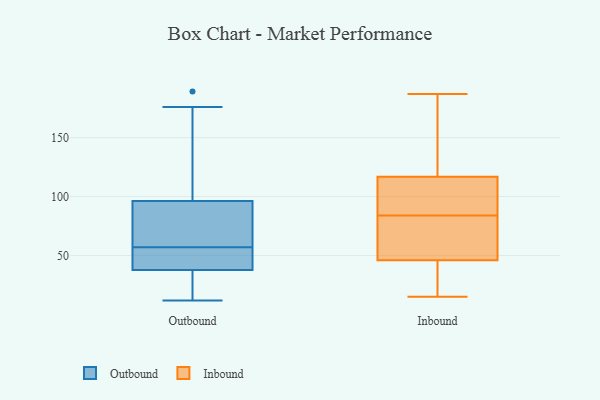
{"axis": {"x": "Energy Usage (MWh)", "y": "Value"}, "legend": ["Inbound", "Outbound"], "data": [{"x": "", "y": 72, "type": "Outbound"}, {"x": "", "y": 71, "type": "Outbound"}, {"x": "", "y": 22, "type": "Outbound"}, {"x": "", "y": 13, "type": "Outbound"}, {"x": "", "y": 56, "type": "Outbound"}, {"x": "", "y": 51, "type": "Outbound"}, {"x": "", "y": 132, "type": "Outbound"}, {"x": "", "y": 65, "type": "Outbound"}, {"x": "", "y": 22, "type": "Outbound"}, {"x": "", "y": 12, "type": "Outbound"}, {"x": "", "y": 189, "type": "Outbound"}, {"x": "", "y": 43, "type": "Outbound"}, {"x": "", "y": 48, "type": "Outbound"}, {"x": "", "y": 130, "type": "Outbound"}, {"x": "", "y": 176, "type": "Outbound"}, {"x": "", "y": 85, "type": "Outbound"}, {"x": "", "y": 57, "type": "Outbound"}, {"x": "", "y": 117, "type": "Inbound"}, {"x": "", "y": 102, "type": "Inbound"}, {"x": "", "y": 58, "type": "Inbound"}, {"x": "", "y": 118, "type": "Inbound"}, {"x": "", "y": 24, "type": "Inbound"}, {"x": "", "y": 139, "type": "Inbound"}, {"x": "", "y": 55, "type": "Inbound"}, {"x": "", "y": 28, "type": "Inbound"}, {"x": "", "y": 116, "type": "Inbound"}, {"x": "", "y": 84, "type": "Inbound"}, {"x": "", "y": 187, "type": "Inbound"}, {"x": "", "y": 52, "type": "Inbound"}, {"x": "", "y": 20, "type": "Inbound"}, {"x": "", "y": 87, "type": "Inbound"}, {"x": "", "y": 44, "type": "Inbound"}, {"x": "", "y": 15, "type": "Inbound"}, {"x": "", "y": 71, "type": "Inbound"}, {"x": "", "y": 162, "type": "Inbound"}, {"x": "", "y": 106, "type": "Inbound"}]}